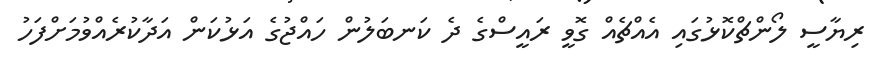
ރިޔާސީ ލޯންޗްކޮޅުގައި އެއްޗެއް ގޮވީ ރައީސްގެ ދެ ކަނބަލުން ހައްޖުގެ އަޅުކަން އަދާކުރެއްވުމަށްފަހު